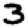
Digit: 3